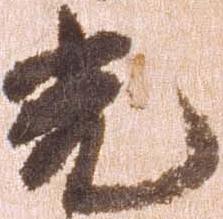
光